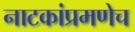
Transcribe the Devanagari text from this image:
नाटकांप्रमणेच